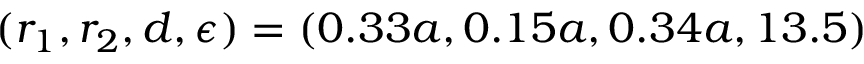
( r _ { 1 } , r _ { 2 } , d , \epsilon ) = ( 0 . 3 3 a , 0 . 1 5 a , 0 . 3 4 a , 1 3 . 5 )